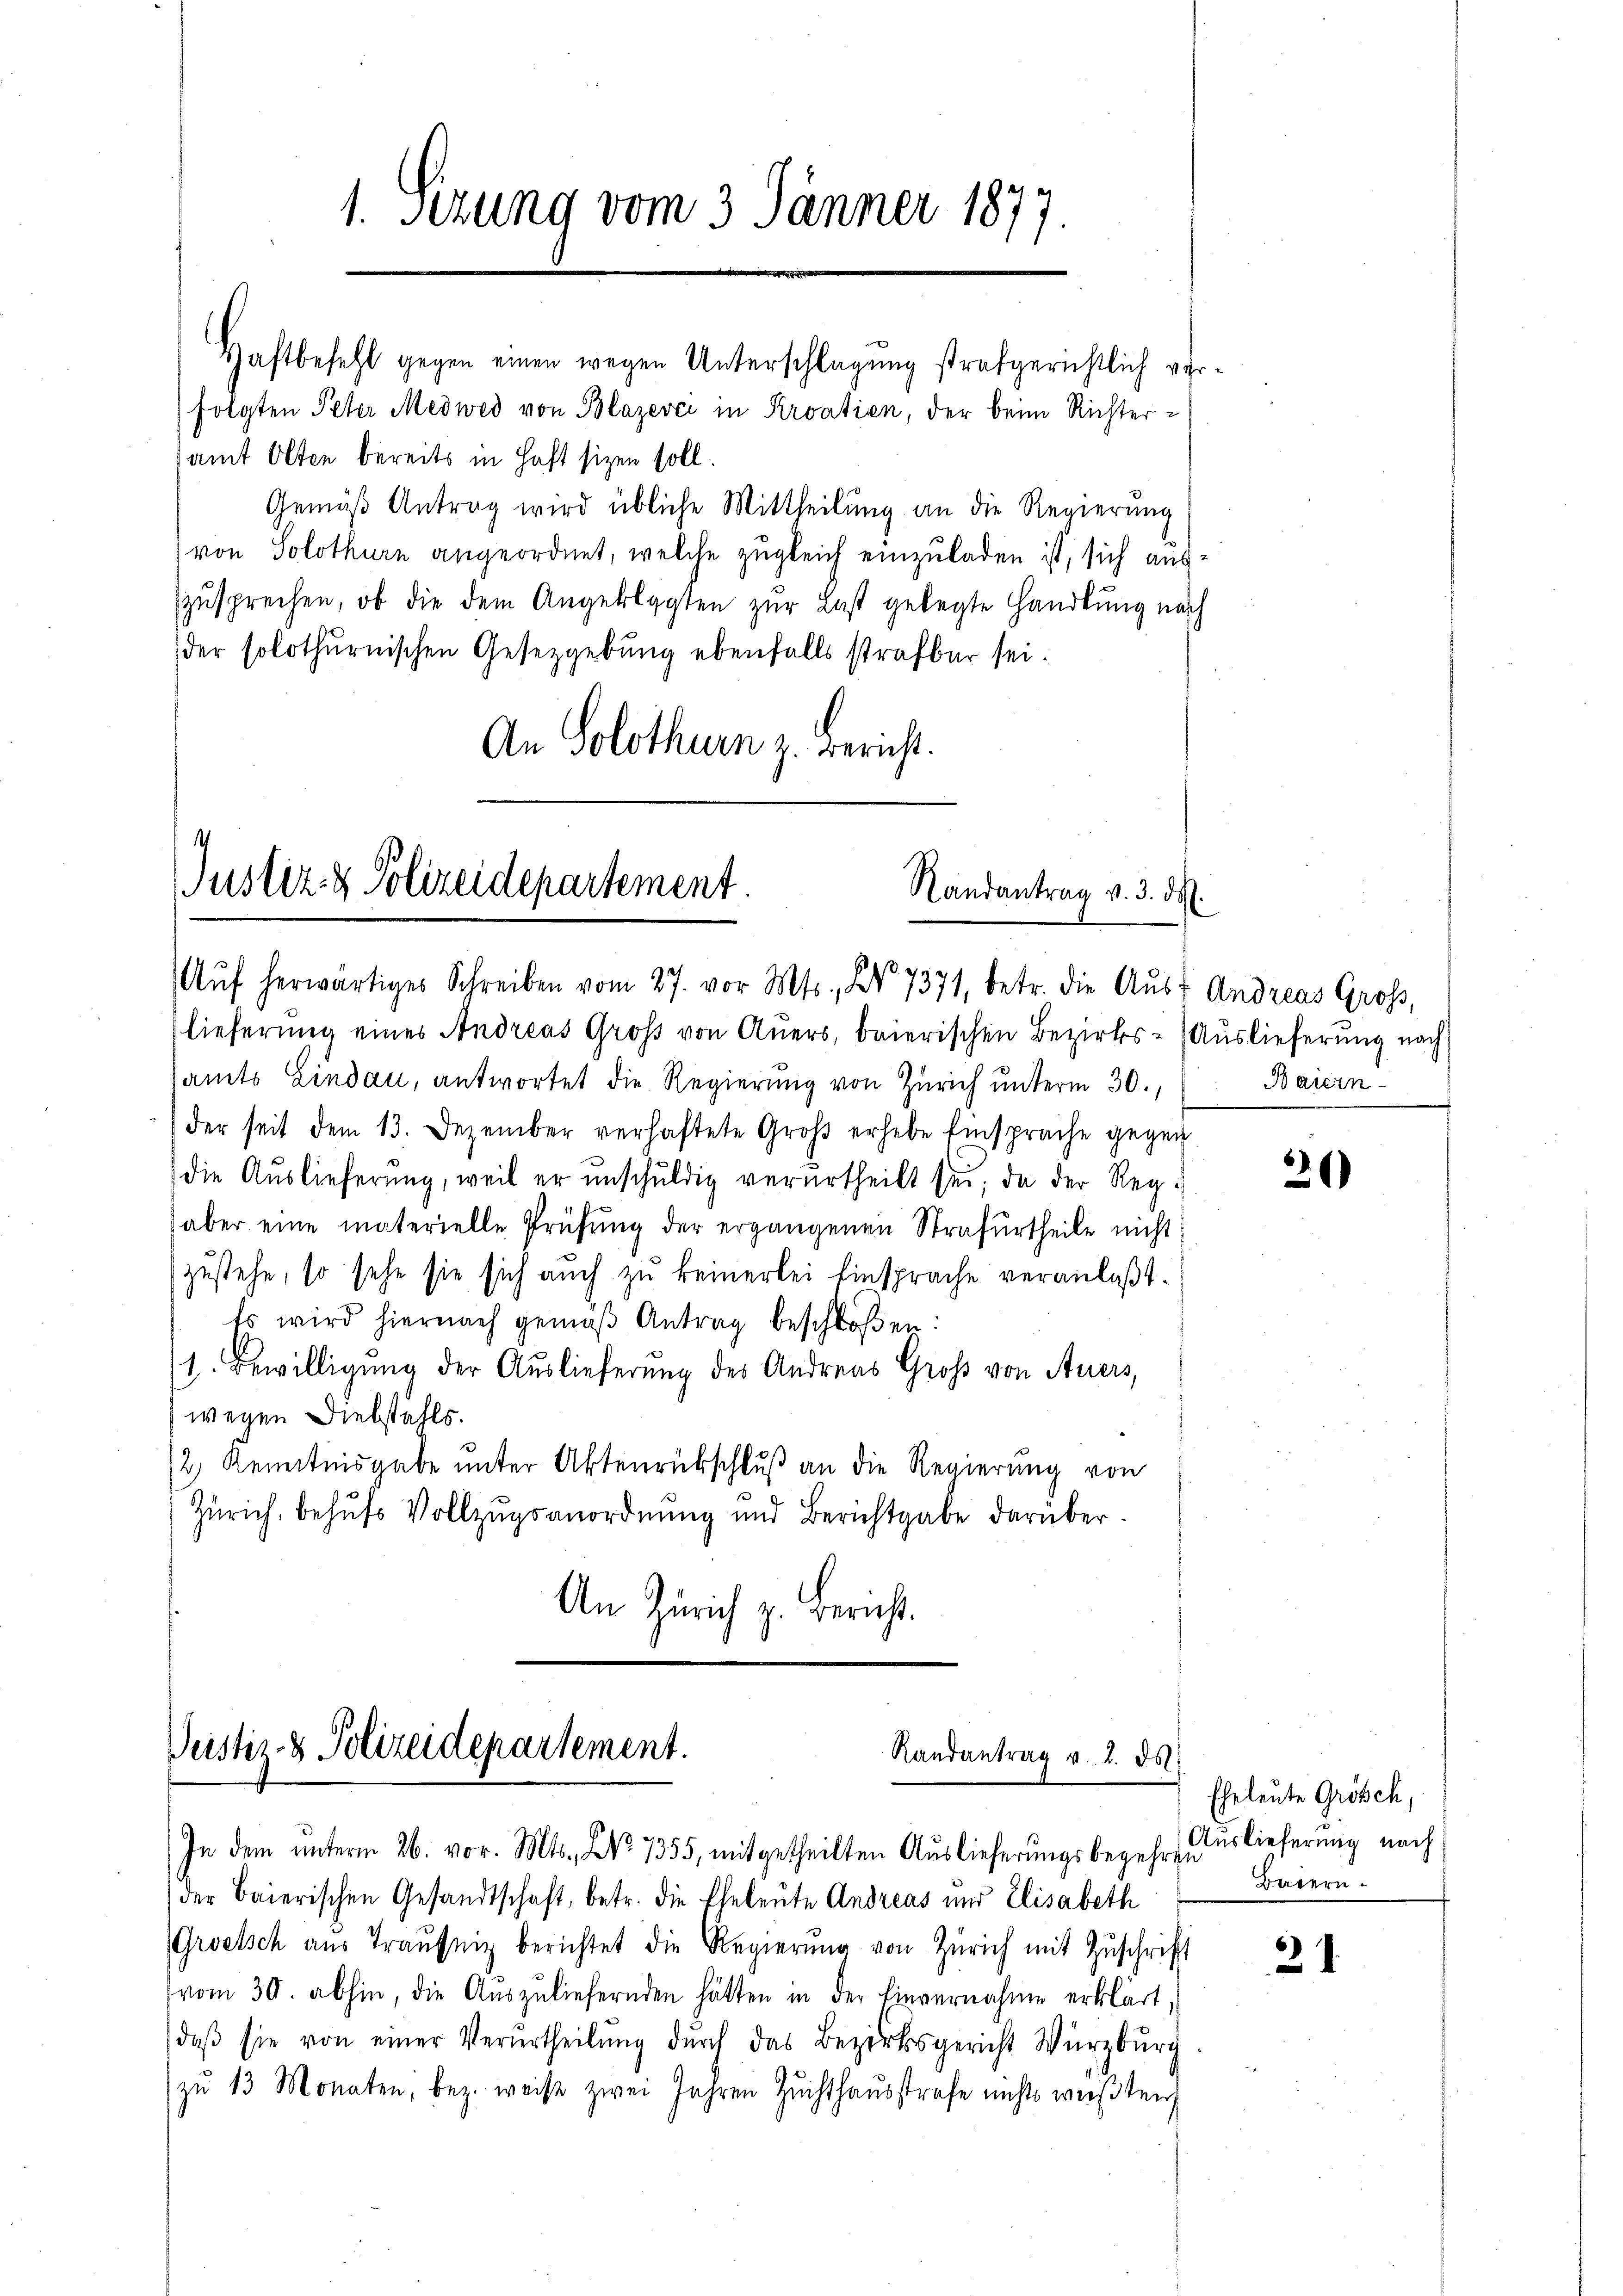
folgten Peter Medwed von Blazevci in Kroatien, der beim Richteramt Olten bereits in Haft sizen soll.
Gemäß Antrag wird übliche Mittheilung an die Regierung
(von Solothurn angeordnet, welche zugleich einzuladen ist, sich auszusprechen, ob die dem Angeklagten zur Last gelegte Handlung nach
der solothurnischen Gesetzgebung ebenfalls strafbar sei.
An Solothurn z. Bericht.

1. Setzung vom 3. Jänner 1877.
densee   |

Haftbefetzt gegen einen wegen Unterschlagung strafgerichtlich ver¬

h
Justiz- & Polizeidepartement
Randantrag v. 3. ds.
Aŭf herwärtiges Schreiben vom 27. vor Mts., No 7371, betr. die Aŭst Andreas Groß,

lieferung eines Andreas Gross von Auers, baierischen Bezirks- (Auslieferung nach
samts Lindau, antwortet die Regierung von Zürich unterm 30.
der seit dem 13. Dezember verhaftete Groβ erhebe Einsprache gegen
die Auslieferung, weil er unschuldig verurtheilt sei; da der Regaber eine materielle Prüfung der ergangenen Strafurtheile nicht
zustehe, so sehe sie sich auch zu keinerlei Einsprache veranlaßt.
Es wird hiernach gemäβ Antrag beschloßen:
1. Bewilligung der Auslieferung des Andreas Groß von Auers,
wegen Diebstahls.
/2 Kenntnisgabe unter Aktenrückschluß an die Regierung von
Zürich, behufs Vollzugsanordnung und Berichtgabe darüber.
An Zürich z. Bericht.

Geistiz- & Polizeidepartement.
Randantrag v. 2. ds.
In dem unterm 26. vor. Mts. No. 7355, mitgetheilten Auslieferungsbegehrendeslieferung nach

der Baierischen Gesandtschaft, betr. die Eheleute Andreas und Elisabeth
Groelsch aus Traŭfig berichtet die Regierŭng von Zürich mit Zŭschrift
vom 30. abhin, die Auszuliefernden hätten in der Einvernahme erklärt,
daβ sie von einer Verurtheilŭng dŭrch das Bezirksgericht Würzburg
zŭ 13 Monaten, bez. weiß zwei Jahren Zŭchthaŭsstrafe nichts weisten

Baiern

3)

Eheleute Grösch,
Baiern

21.